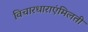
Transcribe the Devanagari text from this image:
विचारधाराएंमिलती